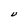
Character: U